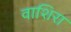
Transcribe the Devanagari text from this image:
वाशिरा